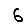
Digit: 6